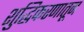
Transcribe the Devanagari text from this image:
शुद्धिकरणातून